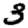
Digit: 3